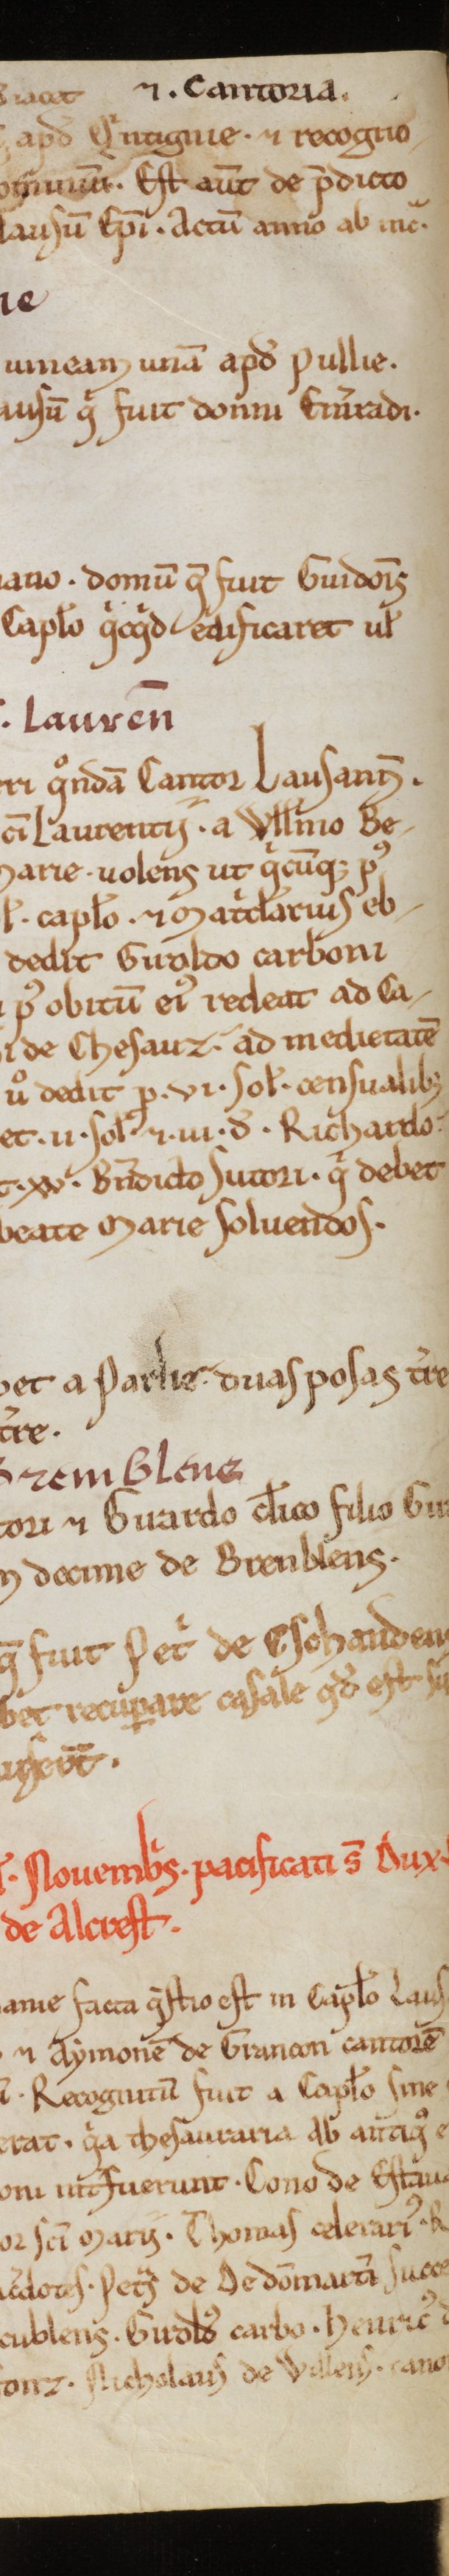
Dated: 1188–1257